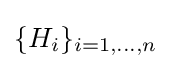
\{H_{i}\}_{i=1,\dots ,n}